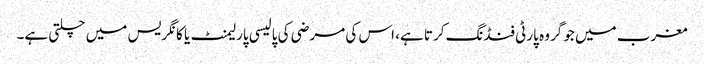
مغرب میں جو گروہ پارٹی فنڈنگ کرتا ہے، اس کی مرضی کی پالیسی پارلیمنٹ یا کانگریس میں چلتی ہے۔